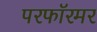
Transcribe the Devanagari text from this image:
परफॉरमर